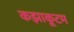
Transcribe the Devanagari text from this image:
कझाकूटम